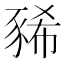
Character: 豨